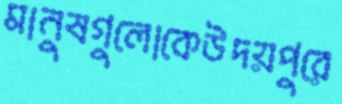
মানুষগুলোকেউদয়পুরে